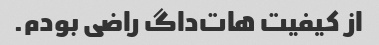
از کیفیت هات‌داگ راضی بودم.